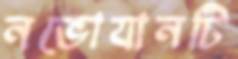
নভোযানটি